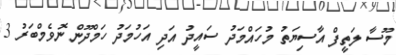
މޫސާ ލަތީފް އާސިޔަތު މުހައްމަދު ސައީދު އަދި އަހުމަދު ހަމްދޫން ނޮވެމްބަރު 3